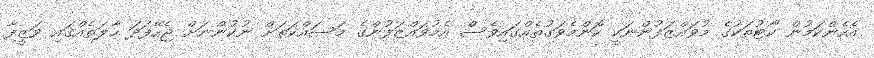
އެހެންކަމުން ކޯޓުތަކުގެ މުވައްޒަފުންނަކީ ކޮންމެވަގުތެއްގައިވެސް އެމުވައްޒަފުންގެ މަސައްކަތަށް ނުކުންނަށް ޖެހޭފަދަ ހާލަތެއްގައި ވަޒީފާ